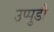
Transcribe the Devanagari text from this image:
उप्पुडी